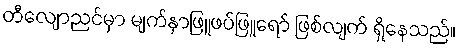
တီလျောညင်မှာ မျက်နှာဖြူဖပ်ဖြူရော် ဖြစ်လျက် ရှိနေသည်။